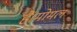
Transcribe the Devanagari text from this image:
हैं।मोमल